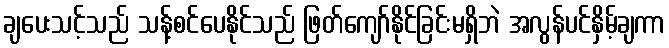
ချပေးသင့်သည် သန့်စင်ပေနိုင်သည် ဖြတ်ကျော်နိုင်ခြင်းမရှိဘဲ အလွန်ပင်နှိမ့်ချကာ